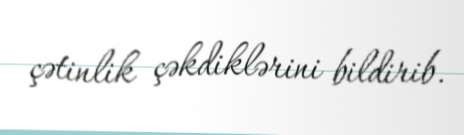
çətinlik çəkdiklərini bildirib.